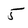
Character: 5